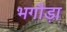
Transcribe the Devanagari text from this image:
भगौड़ा